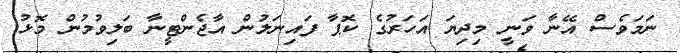
ނަމަވެސް އޭނާ ވަނީ މިދިޔަ އަހަރުގެ ކޮޕާ ފައިނަލުން އާޖެންޓީނާ ބަލިވުމުން މޮޅު